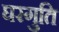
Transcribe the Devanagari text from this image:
घरगुति